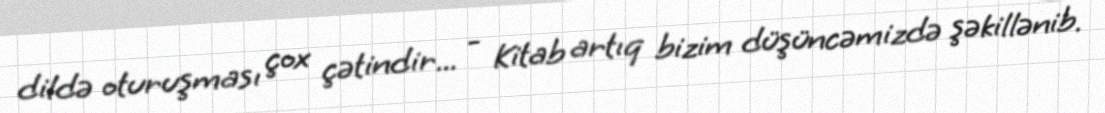
dildə oturuşması çox çətindir... - Kitab artıq bizim düşüncəmizdə şəkillənib.